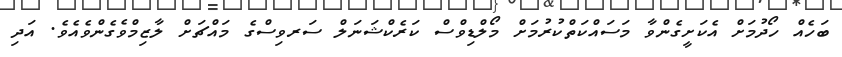
ބަހެއް ހޯދުމަށް އެކަށީގެންވާ މަސައްކަތްކުރުމަށް މޯލްޑިވްސް ކަރެކްޝަނަލް ސަރވިސްގެ މައްޗަށް ލާޒިމްވެގެންވެއެވެ. އަދި